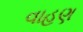
વાહણ